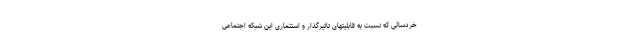
خردسالی که نسبت به قابلیتهای تاثیرگذار و استثماری این شبکه اجتماعی